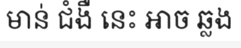
មាន់ ជំងឺ នេះ អាច ឆ្លង